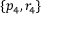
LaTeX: \{ p _ { 4 } , r _ { 4 } \}